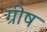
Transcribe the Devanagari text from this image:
ग्रीष